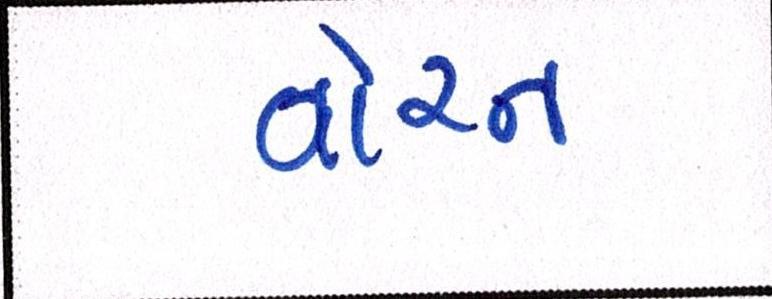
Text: વોરન